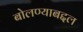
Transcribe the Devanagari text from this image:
बोलण्याबद्दल